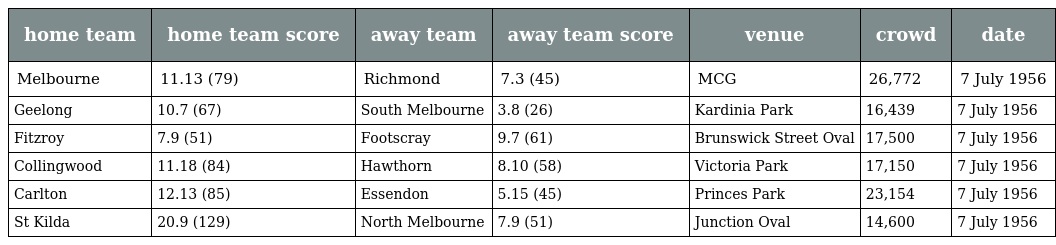
| home team | home team score | away team | away team score | venue | crowd | date |
 | --- | --- | --- | --- | --- | --- | --- |
 | Melbourne | 11.13 (79) | Richmond | 7.3 (45) | MCG | 26,772 | 7 July 1956 |
 | Geelong | 10.7 (67) | South Melbourne | 3.8 (26) | Kardinia Park | 16,439 | 7 July 1956 |
 | Fitzroy | 7.9 (51) | Footscray | 9.7 (61) | Brunswick Street Oval | 17,500 | 7 July 1956 |
 | Collingwood | 11.18 (84) | Hawthorn | 8.10 (58) | Victoria Park | 17,150 | 7 July 1956 |
 | Carlton | 12.13 (85) | Essendon | 5.15 (45) | Princes Park | 23,154 | 7 July 1956 |
 | St Kilda | 20.9 (129) | North Melbourne | 7.9 (51) | Junction Oval | 14,600 | 7 July 1956 |